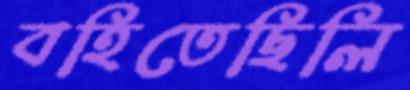
বহিতেছিলি